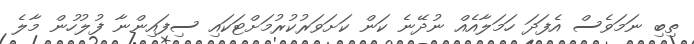
ތިބި ނަމަވެސް އެފަދަ ހަމަލާއެއް ނުދޭނެ ކަން ކަށަވަރުކުރުމަށްޓަކައި ސިފައިންނާ ފުލުހުން މާލެ